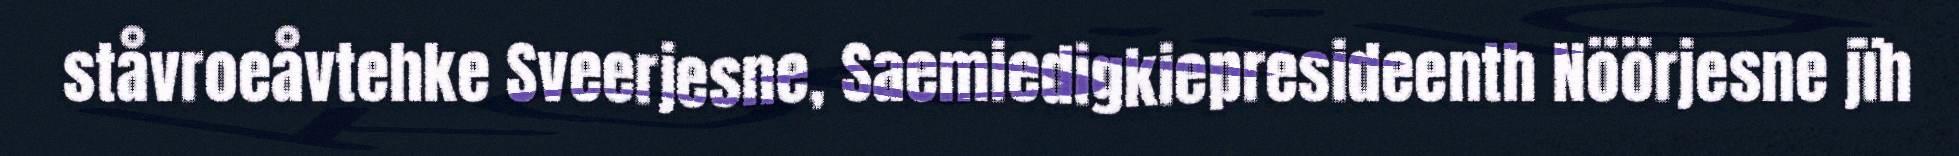
ståvroeåvtehke Sveerjesne, Saemiedigkiepresideenth Nöörjesne jïh